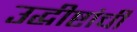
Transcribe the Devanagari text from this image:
उद्धीष्टांची